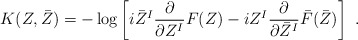
\begin{align*}K(Z,\bar Z)= -\log\left[i\bar Z^I \frac{\partial}{\partial Z^I} F(Z) -iZ^I\frac{\partial}{\partial\bar Z^I}\bar F(\bar Z) \right]\ .\end{align*}